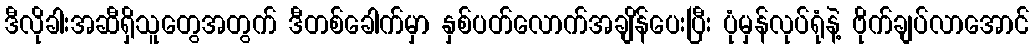
ဒီလိုခါးအဆီရှိသူတွေအတွက် ဒီတစ်ခေါက်မှာ နှစ်ပတ်လောက်အချိန်ပေးပြီး ပုံမှန်လုပ်ရုံနဲ့ ဗိုက်ချပ်လာအောင်